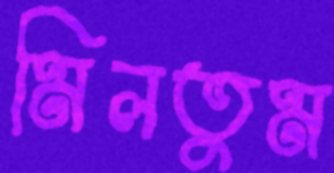
মিলতুম